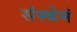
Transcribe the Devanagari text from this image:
संस्थेनं